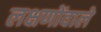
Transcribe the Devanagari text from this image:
लक्षणोंवाले